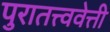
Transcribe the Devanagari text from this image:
पुरातत्त्ववेत्ती